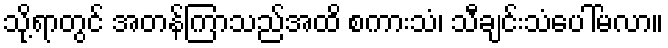
သို့ရာတွင် အတန်ကြာသည်အထိ စကားသံ၊ သီချင်းသံပေါ်မလာ။